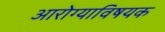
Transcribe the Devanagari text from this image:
आरोग्याविषयक